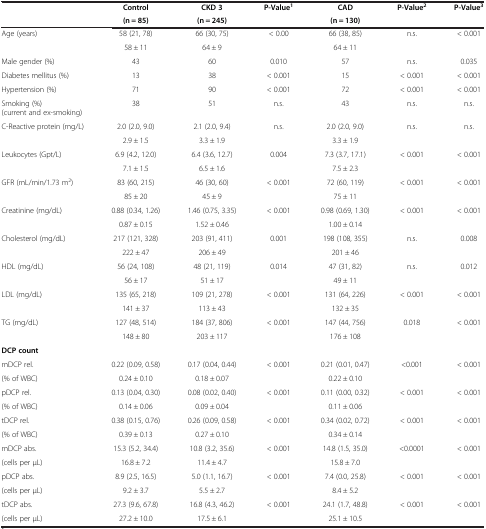
<table><thead><tr><td rowspan="2"><b> </b></td><td><b>Control</b></td><td><b>CKD 3</b></td><td rowspan="2"><b>P-Value<sup>1</sup></b></td><td><b>CAD</b></td><td rowspan="2"><b>P-Value<sup>2</sup></b></td><td rowspan="2"><b>P-Value<sup>3</sup></b></td></tr><tr><td><b>(n = 85)</b></td><td><b>(n = 245)</b></td><td><b>(n = 130)</b></td></tr></thead><tbody><tr><td rowspan="2">Age (years)</td><td>58 (21, 78)</td><td>66 (30, 75)</td><td>&lt; 0.00</td><td>66 (38, 85)</td><td rowspan="2">n.s.</td><td rowspan="2">&lt; 0.001</td></tr><tr><td>58 ± 11</td><td>64 ± 9</td><td> </td><td>64 ± 11</td></tr><tr><td>Male gender (%)</td><td>43</td><td>60</td><td>0.010</td><td>57</td><td>n.s.</td><td>0.035</td></tr><tr><td>Diabetes mellitus (%)</td><td>13</td><td>38</td><td>&lt; 0.001</td><td>15</td><td>&lt; 0.001</td><td>&lt; 0.001</td></tr><tr><td>Hypertension (%)</td><td>71</td><td>90</td><td>&lt; 0.001</td><td>72</td><td>&lt; 0.001</td><td>&lt; 0.001</td></tr><tr><td>Smoking (%) (current and ex-smoking)</td><td>38</td><td>51</td><td>n.s.</td><td>43</td><td>n.s.</td><td>n.s.</td></tr><tr><td rowspan="2">C-Reactive protein (mg/L)</td><td>2.0 (2.0, 9.0)</td><td>2.1 (2.0, 9.4)</td><td>n.s.</td><td>2.0 (2.0, 9.0)</td><td>n.s.</td><td rowspan="2">n.s.</td></tr><tr><td>2.9 ± 1.5</td><td>3.3 ± 1.9</td><td> </td><td>3.3 ± 1.9</td><td> </td></tr><tr><td rowspan="2">Leukocytes (Gpt/L)</td><td>6.9 (4.2, 12.0)</td><td>6.4 (3.6, 12.7)</td><td>0.004</td><td>7.3 (3.7, 17.1)</td><td rowspan="2">&lt; 0.001</td><td rowspan="2">&lt; 0.001</td></tr><tr><td>7.1 ± 1.5</td><td>6.5 ± 1.6</td><td> </td><td>7.5 ± 2.3</td></tr><tr><td rowspan="2">GFR (mL/min/1.73 m<sup>2</sup>)</td><td>83 (60, 215)</td><td>46 (30, 60)</td><td>&lt; 0.001</td><td>72 (60, 119)</td><td rowspan="2">&lt; 0.001</td><td rowspan="2">&lt; 0.001</td></tr><tr><td>85 ± 20</td><td>45 ± 9</td><td> </td><td>75 ± 11</td></tr><tr><td rowspan="2">Creatinine (mg/dL)</td><td>0.88 (0.34, 1.26)</td><td>1.46 (0.75, 3.35)</td><td>&lt; 0.001</td><td>0.98 (0.69, 1.30)</td><td rowspan="2">&lt; 0.001</td><td rowspan="2">&lt; 0.001</td></tr><tr><td>0.87 ± 0.15</td><td>1.52 ± 0.46</td><td> </td><td>1.00 ± 0.14</td></tr><tr><td rowspan="2">Cholesterol (mg/dL)</td><td>217 (121, 328)</td><td>203 (91, 411)</td><td>0.001</td><td>198 (108, 355)</td><td rowspan="2">n.s.</td><td rowspan="2">0.008</td></tr><tr><td>222 ± 47</td><td>206 ± 49</td><td> </td><td>201 ± 46</td></tr><tr><td rowspan="2">HDL (mg/dL)</td><td>56 (24, 108)</td><td>48 (21, 119)</td><td>0.014</td><td>47 (31, 82)</td><td rowspan="2">n.s.</td><td rowspan="2">0.012</td></tr><tr><td>56 ± 17</td><td>51 ± 17</td><td> </td><td>49 ± 11</td></tr><tr><td rowspan="2">LDL (mg/dL)</td><td>135 (65, 218)</td><td>109 (21, 278)</td><td>&lt; 0.001</td><td>131 (64, 226)</td><td rowspan="2">&lt; 0.001</td><td rowspan="2">&lt; 0.001</td></tr><tr><td>141 ± 37</td><td>113 ± 43</td><td> </td><td>132 ± 35</td></tr><tr><td rowspan="2">TG (mg/dL)</td><td>127 (48, 514)</td><td>184 (37, 806)</td><td>&lt; 0.001</td><td>147 (44, 756)</td><td rowspan="2">0.018</td><td rowspan="2">&lt; 0.001</td></tr><tr><td>148 ± 80</td><td>203 ± 117</td><td> </td><td>176 ± 108</td></tr><tr><td><b>DCP count</b></td><td> </td><td> </td><td> </td><td> </td><td> </td><td> </td></tr><tr><td>mDCP rel.</td><td>0.22 (0.09, 0.58)</td><td>0.17 (0.04, 0.44)</td><td>&lt; 0.001</td><td>0.21 (0.01, 0.47)</td><td rowspan="2">&lt;0.001</td><td rowspan="2">&lt; 0.001</td></tr><tr><td>(% of WBC)</td><td>0.24 ± 0.10</td><td>0.18 ± 0.07</td><td> </td><td>0.22 ± 0.10</td></tr><tr><td>pDCP rel.</td><td>0.13 (0.04, 0.30)</td><td>0.08 (0.02, 0.40)</td><td>&lt; 0.001</td><td>0.11 (0.00, 0.32)</td><td rowspan="2">&lt; 0.001</td><td rowspan="2">&lt; 0.001</td></tr><tr><td>(% of WBC)</td><td>0.14 ± 0.06</td><td>0.09 ± 0.04</td><td> </td><td>0.11 ± 0.06</td></tr><tr><td>tDCP rel.</td><td>0.38 (0.15, 0.76)</td><td>0.26 (0.09, 0.58)</td><td>&lt; 0.001</td><td>0.34 (0.02, 0.72)</td><td rowspan="2">&lt; 0.001</td><td rowspan="2">&lt; 0.001</td></tr><tr><td>(% of WBC)</td><td>0.39 ± 0.13</td><td>0.27 ± 0.10</td><td> </td><td>0.34 ± 0.14</td></tr><tr><td>mDCP abs.</td><td>15.3 (5.2, 34.4)</td><td>10.8 (3.2, 35.6)</td><td>&lt; 0.001</td><td>14.8 (1.5, 35.0)</td><td rowspan="2">&lt;0.0001</td><td rowspan="2">&lt; 0.001</td></tr><tr><td>(cells per μL)</td><td>16.8 ± 7.2</td><td>11.4 ± 4.7</td><td> </td><td>15.8 ± 7.0</td></tr><tr><td>pDCP abs.</td><td>8.9 (2.5, 16.5)</td><td>5.0 (1.1, 16.7)</td><td>&lt; 0.001</td><td>7.4 (0.0, 25.8)</td><td rowspan="2">&lt; 0.001</td><td rowspan="2">&lt; 0.001</td></tr><tr><td>(cells per μL)</td><td>9.2 ± 3.7</td><td>5.5 ± 2.7</td><td> </td><td>8.4 ± 5.2</td></tr><tr><td>tDCP abs.</td><td>27.3 (9.6, 67.8)</td><td>16.8 (4.3, 46.2)</td><td>&lt; 0.001</td><td>24.1 (1.7, 48.8)</td><td rowspan="2">&lt; 0.001</td><td rowspan="2">&lt; 0.001</td></tr><tr><td>(cells per μL)</td><td>27.2 ± 10.0</td><td>17.5 ± 6.1</td><td> </td><td>25.1 ± 10.5</td></tr></tbody></table>